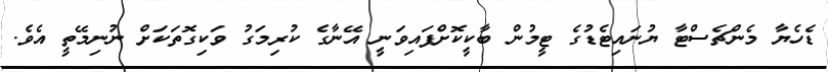
ޑެހެޔާ މެންޗެސްޓާ ޔުނައިޓެޑުގެ ޓީމުން ބާކީކޮށްފައިވަނީ އޭނާގެ ކުރިމަގު ވަކިގޮތަކަށް ނުނިމޭތީ އެވެ.